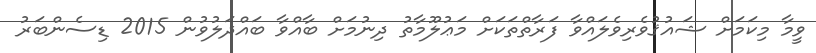
ވީމާ މިކަމަށް ޝައުޤުވެރިވެލައްވާ ފަރާތްތަކަށް މަޢުލޫމާތު ދިނުމަށް ބާއްވާ ބައްދަލުވުން 2015 ޑިސެންބަރު